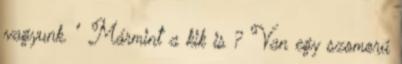
vagyunk. " Mármint a kik is ? Van egy szomorú